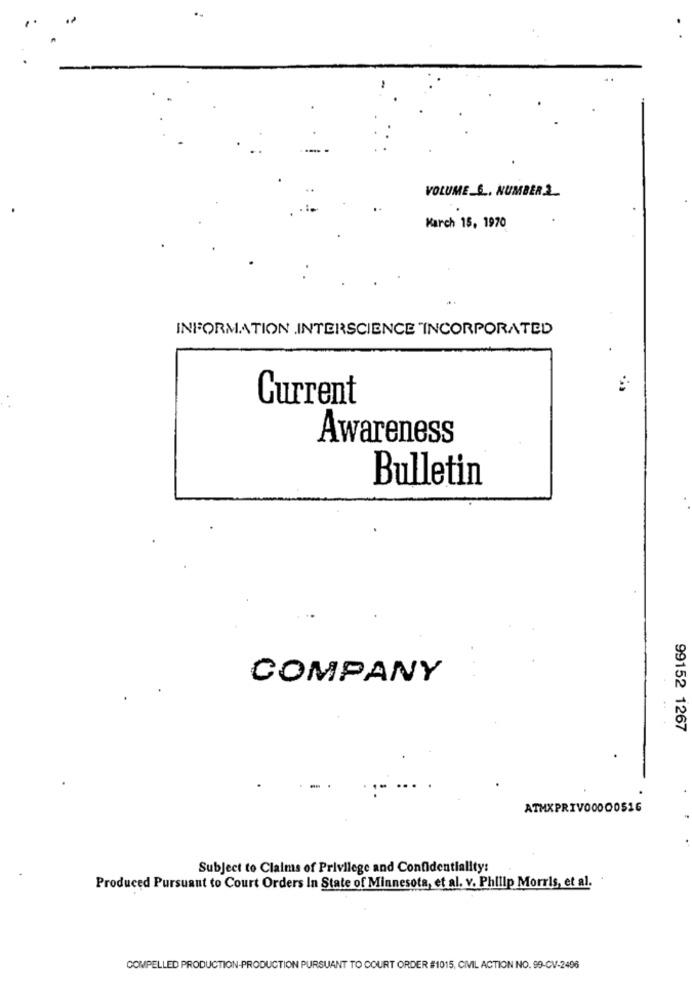
VOLUME_S .. NUMBER 2_
March 15, 1970
INFORMATION INTERSCIENCE "INCORPORATED
Current
Awareness
Bulletin
COMPANY
99152 1267
ATMXPRIVO0000516
Subject to Claims of Privilege and Confidentiality:
Produced Pursuant to Court Orders In State of Minnesota, et al. v. Philip Morris, et al.
COMPELLED PRODUCTION-PRODUCTION PURSUANT TO COURT ORDER #1015, CIVIL ACTION NO. 99-CV-2496